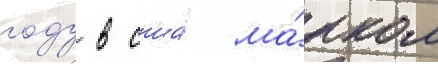
году в сша́ ма́рком